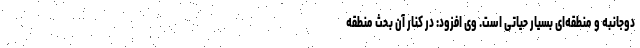
دوجانبه و منطقه‌ای بسیار حیاتی است. وی افزود: در کنار آن بحث منطقه